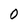
Character: 0